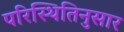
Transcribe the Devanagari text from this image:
परिस्थितिनुसार